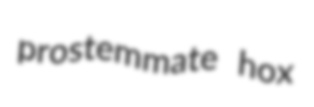
prostemmate hox